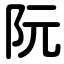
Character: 阮